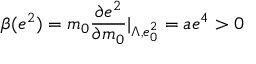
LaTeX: \beta ( e ^ { 2 } ) = m _ { 0 } \frac { \partial e ^ { 2 } } { \partial m _ { 0 } } | _ { \Lambda , e _ { 0 } ^ { 2 } } = a e ^ { 4 } > 0